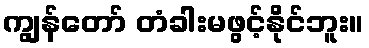
ကျွန်တော် တံခါးမဖွင့်နိုင်ဘူး။